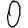
Digit: 0